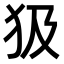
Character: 𤜯